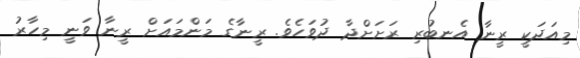
މިއަދަކީ ރީނާ އެނބުރި ރަށަށްދާ ދުވަހެވެ. ރީނާގެ މަންމައަށް ރީނާ ވަނީ މިހާރު